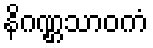
နိဂဏ္ဌသာဝကံ